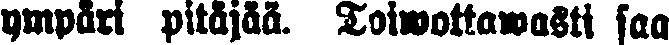
ympäri pitäjää. Toiwottawasti saa